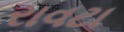
રાવટા